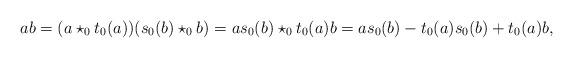
LaTeX: \begin{align*}ab = (a \star_0 t_0(a)) (s_0(b) \star_0 b) = a s_0(b) \star_0 t_0(a) b = a s_0(b) - t_0(a) s_0(b) + t_0(a) b,\end{align*}